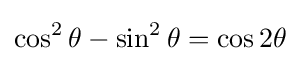
\cos ^{2}\theta -\sin ^{2}\theta =\cos 2\theta